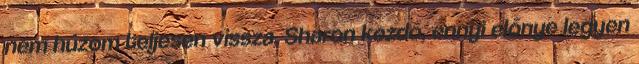
nem húzom teljesen vissza, Sharon kezdő, ennyi előnye legyen